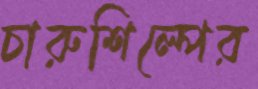
চারুশিল্পের